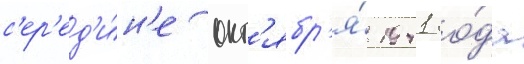
с'ер'ед'и́н'е окт'ябр'я́ 1941 го́да